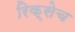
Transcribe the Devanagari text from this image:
रिक्सेच